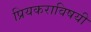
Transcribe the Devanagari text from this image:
प्रियकराविषयी